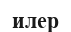
илер